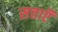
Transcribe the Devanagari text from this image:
सत्ताऍं